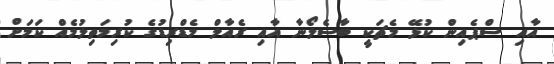
އާއި ސްޕެއިން ކުޅޭ މެޗަކީ ބާސެލޯނާ އާއި ރެއާލް މެޑްރިޑުގެ ކުރިމަތިލުމެއް ކަމަށް